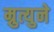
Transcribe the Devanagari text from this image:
म्रुत्युने